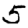
Digit: 5